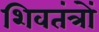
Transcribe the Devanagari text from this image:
शिवतंत्रों